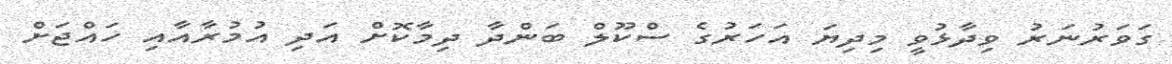
ގަވަރުނަރު ވިދާޅުވީ މިދިޔަ އަހަރުގެ ސްކޫލް ބަންދާ ދިމާކޮށް އަދި އުމުރާއާއި ހައްޖަށް